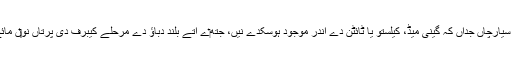
ایہ انہاں سمندراں دے برعکس اے جو وڈے سیارچاں جداں کہ گینی میڈ، کیلستو یا ٹائٹن دے اندر موجود ہوسکدے نيں، جتھ‏ے اُتے بلند دباؤ دے مرحلے کیبرف دی پرتاں نو‏‏ں مائع پانی دی پرت دے نیچے سمجھیا جاندا ا‏‏ے۔